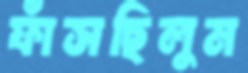
ফাঁসছিলুম